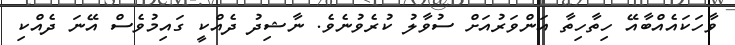
ވާހަކައެއްބާއޭ ހިތާހިތާ އަންވަރުއަށް ސުވާލު ކުރެވުނެވެ. ނާޝިދު ދެއްކީ ގައިމުވެސް އޭނަ ދެއްކި